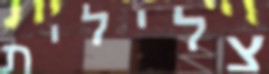
צלילית